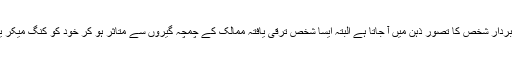
یہی وجہ ہے کہ ہمارے ہاں کسی کو چمچہ کہہ دینے سے ایک خوشامدی، چاپلوس، لَلّو پتّو اور حاشیہ بردار شخص کا تصور ذہن میں آ جاتا ہے البتہ ایسا شخص ترقی یافتہ ممالک کے چمچہ گیروں سے متاثر ہو کر خود کو کنگ میکر یا ترغیب کار سمجھ کر خوش فہمی کا شکار رہتا ہے مگر دوسروں کی نظر میں وہ چمچہ ہی ہوتا ہے۔